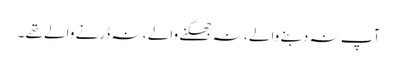
آپ نہ دبنے والے ، نہ جھکنے والے ، نہ ڈرنے والے تھے ۔